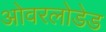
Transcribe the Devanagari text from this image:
ओवरलोडेड